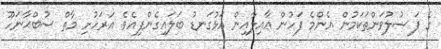
ގެ ފަޟުލުވަންތަކަމުން އެންމެ ފަހުން ޢާއިލާއިން އަޅުގަނޑު ބަލައިގެންފިއެވެ. އަރަހުށި މާތް ސުބްޙާނަހޫ